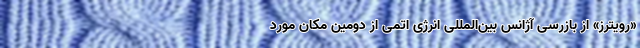
«رویترز» از بازرسی آژانس بین‌المللی انرژی اتمی از دومین مکان مورد